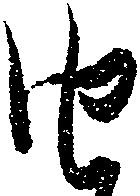
由